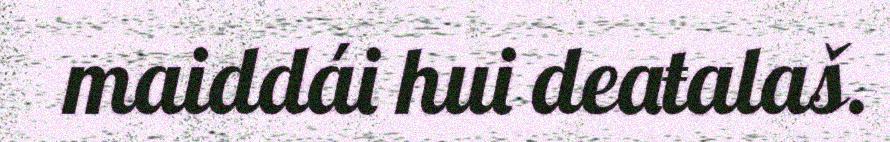
maiddái hui deaŧalaš.